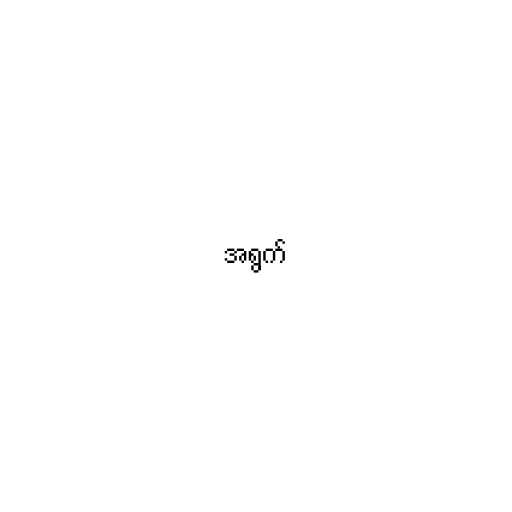
အရွက်